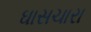
ઘાસચારા